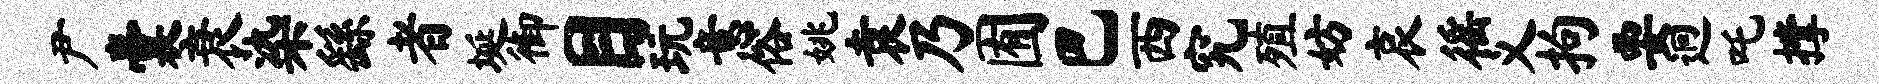
尹囊衰染繇者埏御目玩意俗姚袁乃囿巴西究殖妨哀徭义拘要迥吒撑